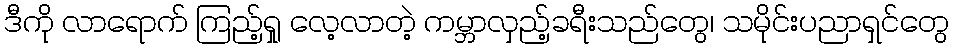
ဒီကို လာရောက် ကြည့်ရှု လေ့လာတဲ့ ကမ္ဘာလှည့်ခရီးသည်တွေ၊ သမိုင်းပညာရှင်တွေ